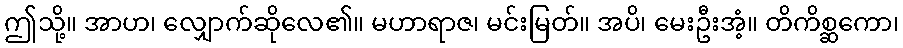
ဤသို့။ အာဟ၊ လျှောက်ဆိုလေ၏။ မဟာရာဇ၊ မင်းမြတ်။ အပိ၊ မေးဦးအံ့။ တိကိစ္ဆကော၊